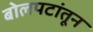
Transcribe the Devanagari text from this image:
बोलपटांतून